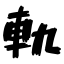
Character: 軌